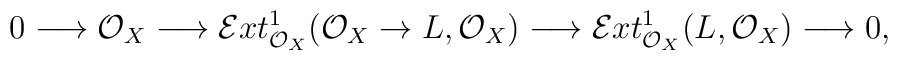
0 \longrightarrow \mathcal{O}_X \longrightarrow  \mathcal{E}xt^1_{\mathcal{O}_X}(\mathcal{O}_X \to L,\mathcal{O}_X)  \longrightarrow \mathcal{E}xt^1_{\mathcal{O}_X}(L,\mathcal{O}_X)  \longrightarrow 0,